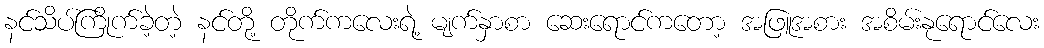
နင်သိပ်ကြိုက်ခဲ့တဲ့ နင်တို့ တိုက်ကလေးရဲ့ မျက်နှာစာ ဆေးရောင်ကတော့ အဖြူအစား အစိမ်းနုရောင်လေး